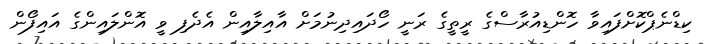
ކިޑްނެޕްކޮށްފައިވާ ހޮންޑިއުރާސްގެ ރީތީގެ ރަނީ ހޯދައިދިނުމަށް އާއިލާއިން އެދެފި ވީ އޮންލައިންގެ އައިފޯން